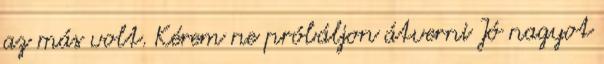
az más volt. Kérem ne próbáljon átverni Jó nagyot